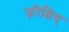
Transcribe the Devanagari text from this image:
ज़ीम्निय्